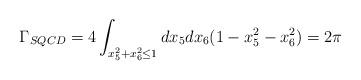
LaTeX: \begin{align*}\Gamma_{SQCD}=4\int_{x_5^2+x_6^2\le1}dx_5dx_6(1-x_5^2-x_6^2)=2\pi\end{align*}